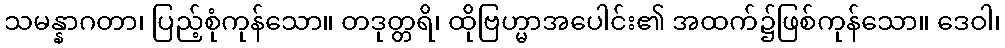
သမန္နာဂတာ၊ ပြည့်စုံကုန်သော။ တဒုတ္တရိ၊ ထိုဗြဟ္မာအပေါင်း၏ အထက်၌ဖြစ်ကုန်သော။ ဒေဝါ၊